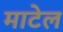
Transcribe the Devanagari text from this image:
माटेल